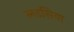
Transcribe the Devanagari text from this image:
लडसिया